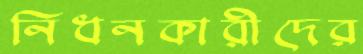
নিধনকারীদের